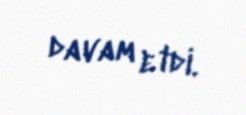
davam etdi.